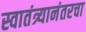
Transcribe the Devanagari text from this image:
स्वातंत्र्यानंतरचा